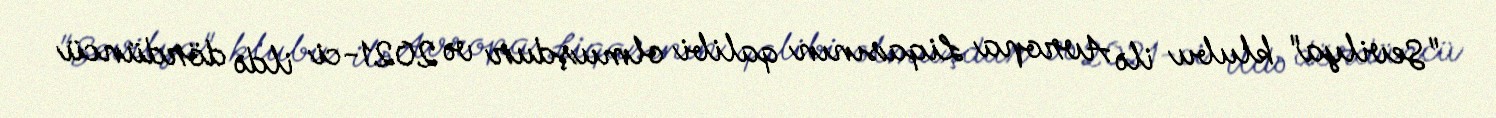
"Sevilya" klubu ilə Avropa Liqasının qalibi olmuşdur və 2021-ci ildə dördüncü